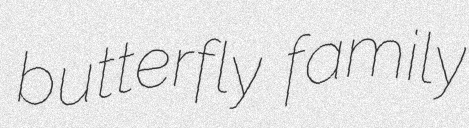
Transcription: butterfly family